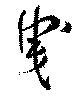
曵